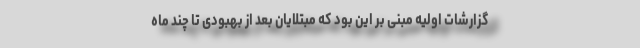
گزارشات اولیه مبنی بر این بود که مبتلایان بعد از بهبودی تا چند ماه